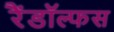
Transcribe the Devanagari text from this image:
रैंडॉल्फस